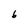
Character: 6